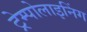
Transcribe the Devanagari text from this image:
ट्रेम्पोलाइनिंग